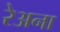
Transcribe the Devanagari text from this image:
रेअना